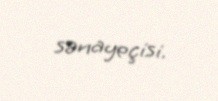
sənayeçisi.